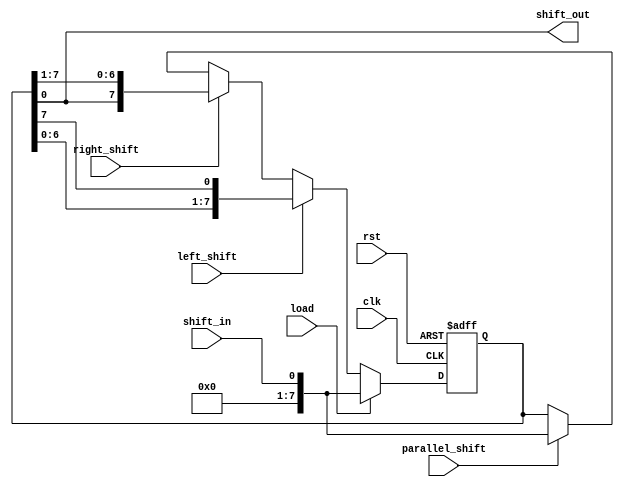
module UniversalShiftRegister (
    input rst, // Reset signal
    input clk, // Clock signal
    input shift_in, // Input data signal
    input load, // Load signal
    input left_shift, // Left shift signal
    input right_shift, // Right shift signal
    input parallel_shift, // Parallel shift signal
    output reg shift_out // Output data signal
);

reg [7:0] reg_data; // Data register

always @(posedge clk or posedge rst) begin
    if (rst) begin
        reg_data <= 8'b0; // Reset the data register
    end else if (load) begin
        reg_data <= shift_in; // Load data into the register
    end else if (left_shift) begin
        reg_data <= {reg_data[6:0], reg_data[7]}; // Left shift the data
    end else if (right_shift) begin
        reg_data <= {reg_data[0], reg_data[7:1]}; // Right shift the data
    end else if (parallel_shift) begin
        reg_data <= shift_in; // Parallel shift the data
    end
end

assign shift_out = reg_data; // Assign the output data

endmodule